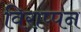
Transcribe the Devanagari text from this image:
विराप्पन